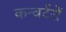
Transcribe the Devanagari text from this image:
कन्वर्टरों